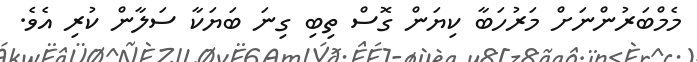
މެމްބަރުންނަށް މަރުހަބާ ކިޔަން ގޮސް ތިބި ގިނަ ބަޔަކާ ސަލާން ކުރި އެވެ.